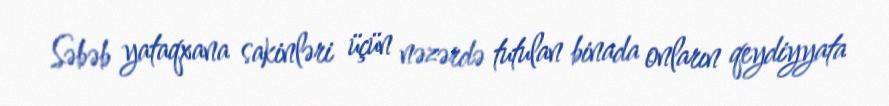
Səbəb yataqxana sakinləri üçün nəzərdə tutulan binada onların qeydiyyata